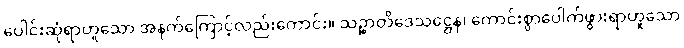
ပေါင်းဆုံရာဟူသော အနက်ကြောင့်လည်းကောင်း။ သဉ္စာတိဒေသဋ္ဌေန၊ ကောင်းစွာပေါက်ဖွားရာဟူသော